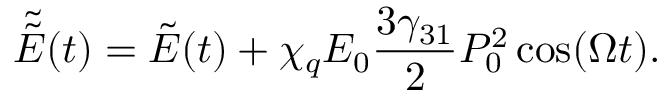
\tilde { \tilde { E } } ( t ) = \tilde { E } ( t ) + \chi _ { q } E _ { 0 } \frac { 3 \gamma _ { 3 1 } } { 2 } P _ { 0 } ^ { 2 } \cos ( \Omega t ) .